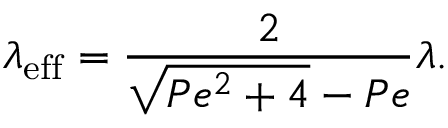
\lambda _ { \mathrm { e f f } } = \frac { 2 } { \sqrt { P e ^ { 2 } + 4 } - P e } \lambda .